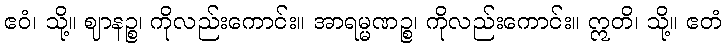
ဧဝံ၊ သို့။ ဈာနဉ္စ၊ ကိုလည်းကောင်း။ အာရမ္မဏဉ္စ၊ ကိုလည်းကောင်း။ ဣတိ၊ သို့။ ဧတံ